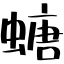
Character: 螗